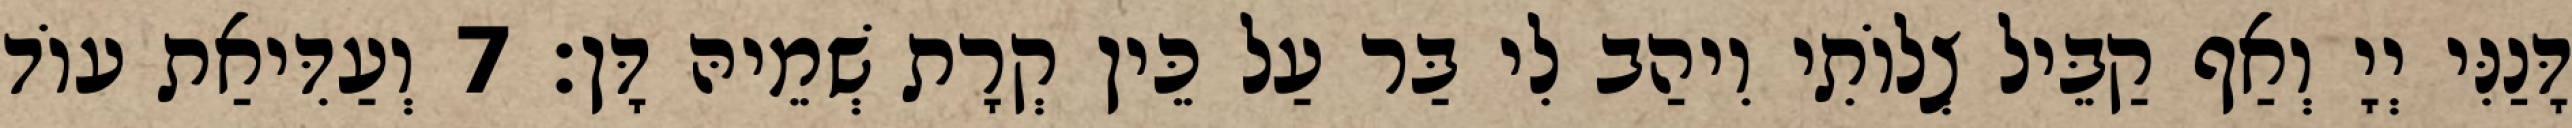
דָּנַנִּי יְיָ וְאַף קַבֵּיל צְלוֹתִי וִיהַב לִי בַּר עַל כֵּין קְרָת שְׁמֵיהּ דָּן׃ 7 וְעַדִּיאַת עוֹד